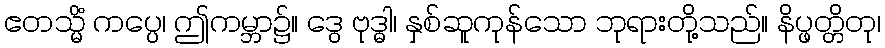
ဧတသ္မိံ ကပ္ပေ၊ ဤကမ္ဘာ၌။ ဒွေ ဗုဒ္ဓါ၊ နှစ်ဆူကုန်သော ဘုရားတို့သည်။ နိပ္ဖတ္တိတု၊